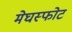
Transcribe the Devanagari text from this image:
मेघस्फोट